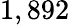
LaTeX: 1,892